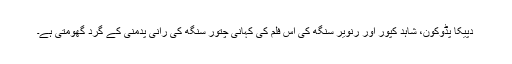
دپیکا پڈوکون، شاہد کپور اور رنویر سنگھ کی اس فلم کی کہانی چتور سنگھ کی رانی پدمنی کے گرد گھومتی ہے۔